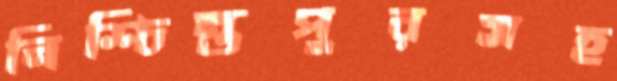
নিশ্চিন্তপুরসহ